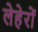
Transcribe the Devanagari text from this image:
लेहेरों